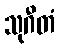
သုဂီတံ